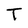
Character: T